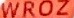
wroz